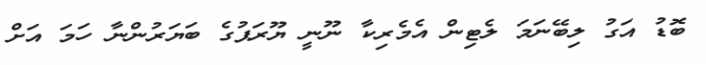
ބޮޑު އަގު ލިބޭނަމަ ލެޓިން އެމެރިކާ ނޫނީ ޔޫރަޕުގެ ބަޔަރުންނާ ހަމަ އަށް